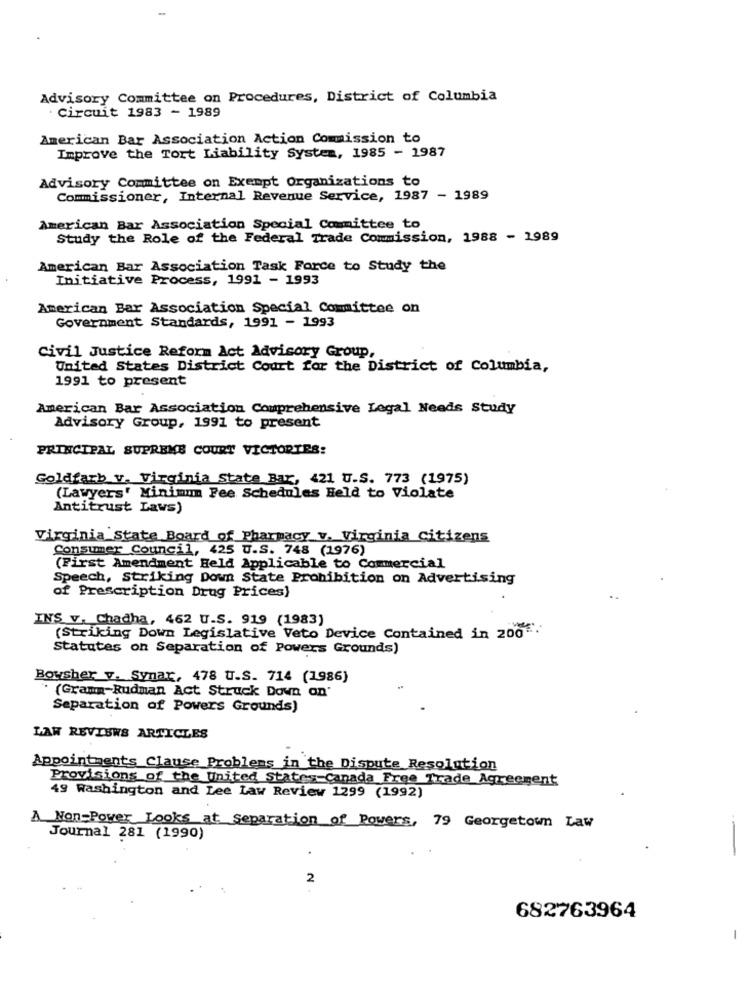
Advisory Committee on Procedures, District of Columbia
Circuit 1983 - 1989
American Bar Association Action Commission to
Improve the Tort Liability System, 1985 - 1987
Advisory Committee on Exempt Organizations to
Commissioner, Internal Revenue Service, 1987 - 1989
American Bar Association Special Committee to
Study the Role of the Federal Trade Commission, 1988 - 1989
American Bar Association Task Force to Study the
Initiative Process, 1991 - 1993
American Bar Association Special Committee on
Government Standards, 1991 - 1993
Civil Justice Reform Act Advisory Group,
United States District Court for the District of Columbia,
1991 to present
American Bar Association Comprehensive Legal Needs Study
Advisory Group, 1991 to present
PRINCIPAL SUPREME COURT VICTORIES:
Goldfarb v. Virginia State Bar, 421 U.S. 773 (1975)
(Lawyers' Minimum Fee Schedules Held to Violate
Antitrust Laws)
Virginia State Board of Pharmacy v. Virginia citizens
Consumer Council, 425 U.S. 748 (1976)
(First Amendment Held Applicable to Commercial
Speech, Striking Down State Prohibition on Advertising
of Prescription Drug Prices)
INS v. Chadha, 462 U.S. 919 (1983)
(Striking Down Legislative Veto Device Contained in 200.
Statutes on Separation of Powers Grounds)
Boysher v. Synar, 478 U.S. 714 (1986)
(Gramm-Rudman Act Struck Down on'
Separation of Powers Grounds)
LAW REVIEWS ARTICLES
Appointments Clause Problems in the Dispute Resolution
Provisions of the United States Canada Free Trade Agreement
49 washington and Lee Law Review 1299 (1992)
A Non-Power Looks at Separation of Powers, 79 Georgetown Law
Journal 281 (1990)
2
682763964
-